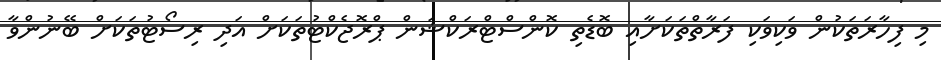
މި ފިހާރަތަކުން ވަކިވަކި ފަރާތްތަކަށާއި ބޮޑެތި ކޮންސްޓްރަކްޝަން ޕްރޮޖެކްޓުތަކަށް އަދި ރިސޯޓުތަކަށް ބޭނުންވާ